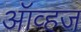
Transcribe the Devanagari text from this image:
ऑव्हज